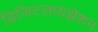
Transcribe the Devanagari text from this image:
डिजिटलायझेशन